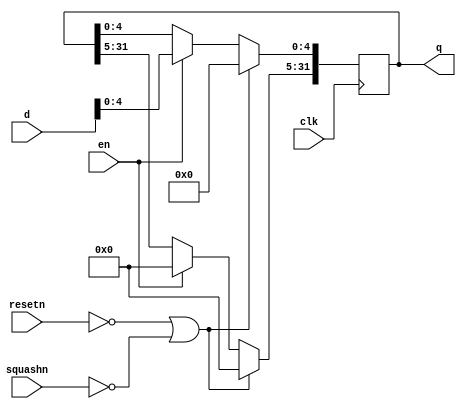
module pipereg_w5(clk,resetn,d,squashn,en,q);
input clk;
input resetn;
input en;
input squashn;
input [31:0] d;
output [31:0] q;
reg [31:0] q;
always @(posedge clk)   
begin
  if (resetn==0 || squashn==0)
    q<=0;
  else if (en==1)
   begin
    q[4:0]<=d;
	q[31:5] <= 0;
	end
end
endmodule